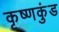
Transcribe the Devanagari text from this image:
कृष्णकुंड